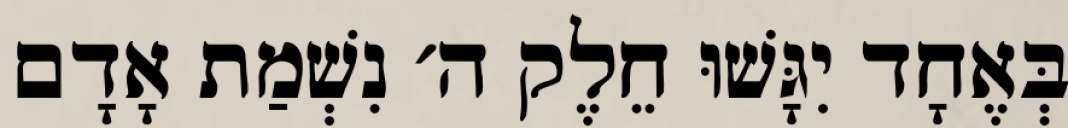
בְּאֶחָד יִגָּשׁוּ חֵלֶק ה׳ נִשְׁמַת אָדָם